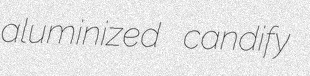
aluminized candify